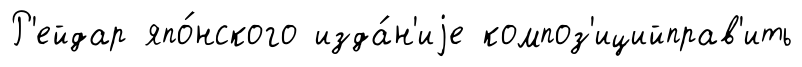
Р'ейдар япо́нского изда́н'иjе композ'ицийправ'ить